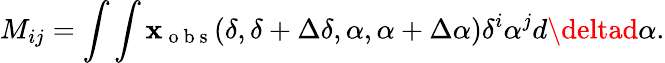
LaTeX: M_{ij}=\int\int\mathbf{x}_{\mathrm{{~o~b~s~}}}(\delta,\delta+\Delta\delta,\alpha,\alpha+\Delta\alpha)\delta^{i}\alpha^{j}d\deltad\alpha.